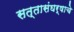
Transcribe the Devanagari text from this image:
सत्तासंघर्षाचे